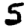
Digit: 5